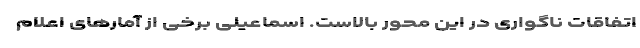
اتفاقات ناگواری در این محور بالاست. اسماعیلی برخی از آمارهای اعلام